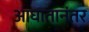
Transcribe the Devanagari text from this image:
आघातानंतर